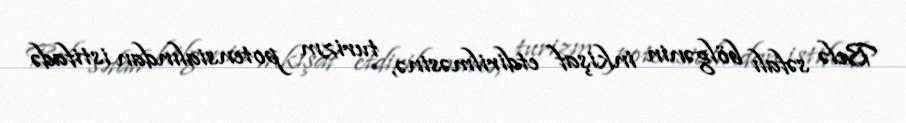
Belə səfalı bölgənin inkişaf etdirilməsinə, turizm potensialından istifadə